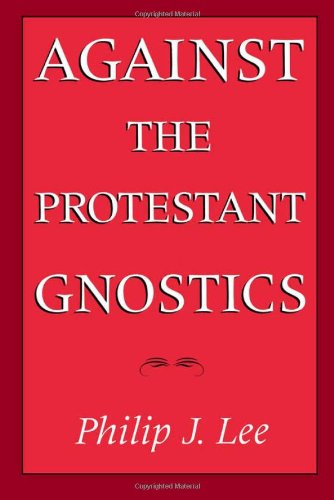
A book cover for Against the Protestant Gnostics; Philip J. Lee; Christian Books & Bibles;